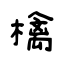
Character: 檎